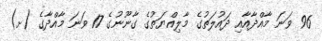
96 ވަނަ މާއްދާއާއި ދައުލަތުގެ މާލިއްޔަތުގެ ގާނޫނުގެ 17 ވަނަ މާއްދާގެ (ށ)